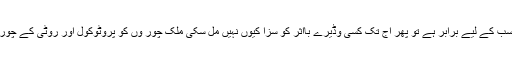
ایک بات کی سمجھ نہیں آتی کہ اگر قانون سب کے لیے برابر ہے تو پھر آج تک کسی وڈیرے بااثر کو سزا کیوں نہیں مل سکی ملک چور وں کو پروٹوکول اور روٹی کے چوروں کو تختہ دار پر کیوں لٹکا دیا جاتا ہے ۔